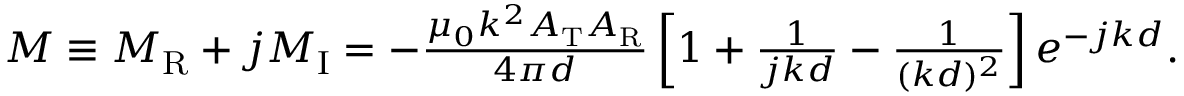
\begin{array} { r } { M \equiv M _ { \mathrm { R } } + j M _ { \mathrm { I } } = - \frac { \mu _ { 0 } k ^ { 2 } A _ { \mathrm { T } } A _ { \mathrm { R } } } { 4 \pi d } \left[ 1 + \frac { 1 } { j k d } - \frac { 1 } { ( k d ) ^ { 2 } } \right] e ^ { - j k d } . } \end{array}